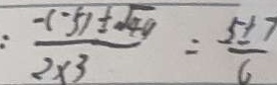
= \frac { - ( - 5 ) \pm \sqrt { 4 0 } } { 2 \times 3 } = \frac { 5 \pm 7 } { 6 }